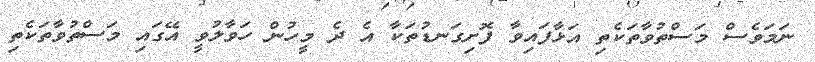
ނަމަވެސް މަސްތުވާތަކެތި އަޅާފައިވާ ފޮށިގަނޑުތަކާ އެ ދެ މީހުން ހަވާލުވީ އޭގައި މަސްތުވާތަކެތި